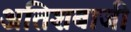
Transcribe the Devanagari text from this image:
अतिशबाजी